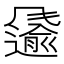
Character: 𩙌